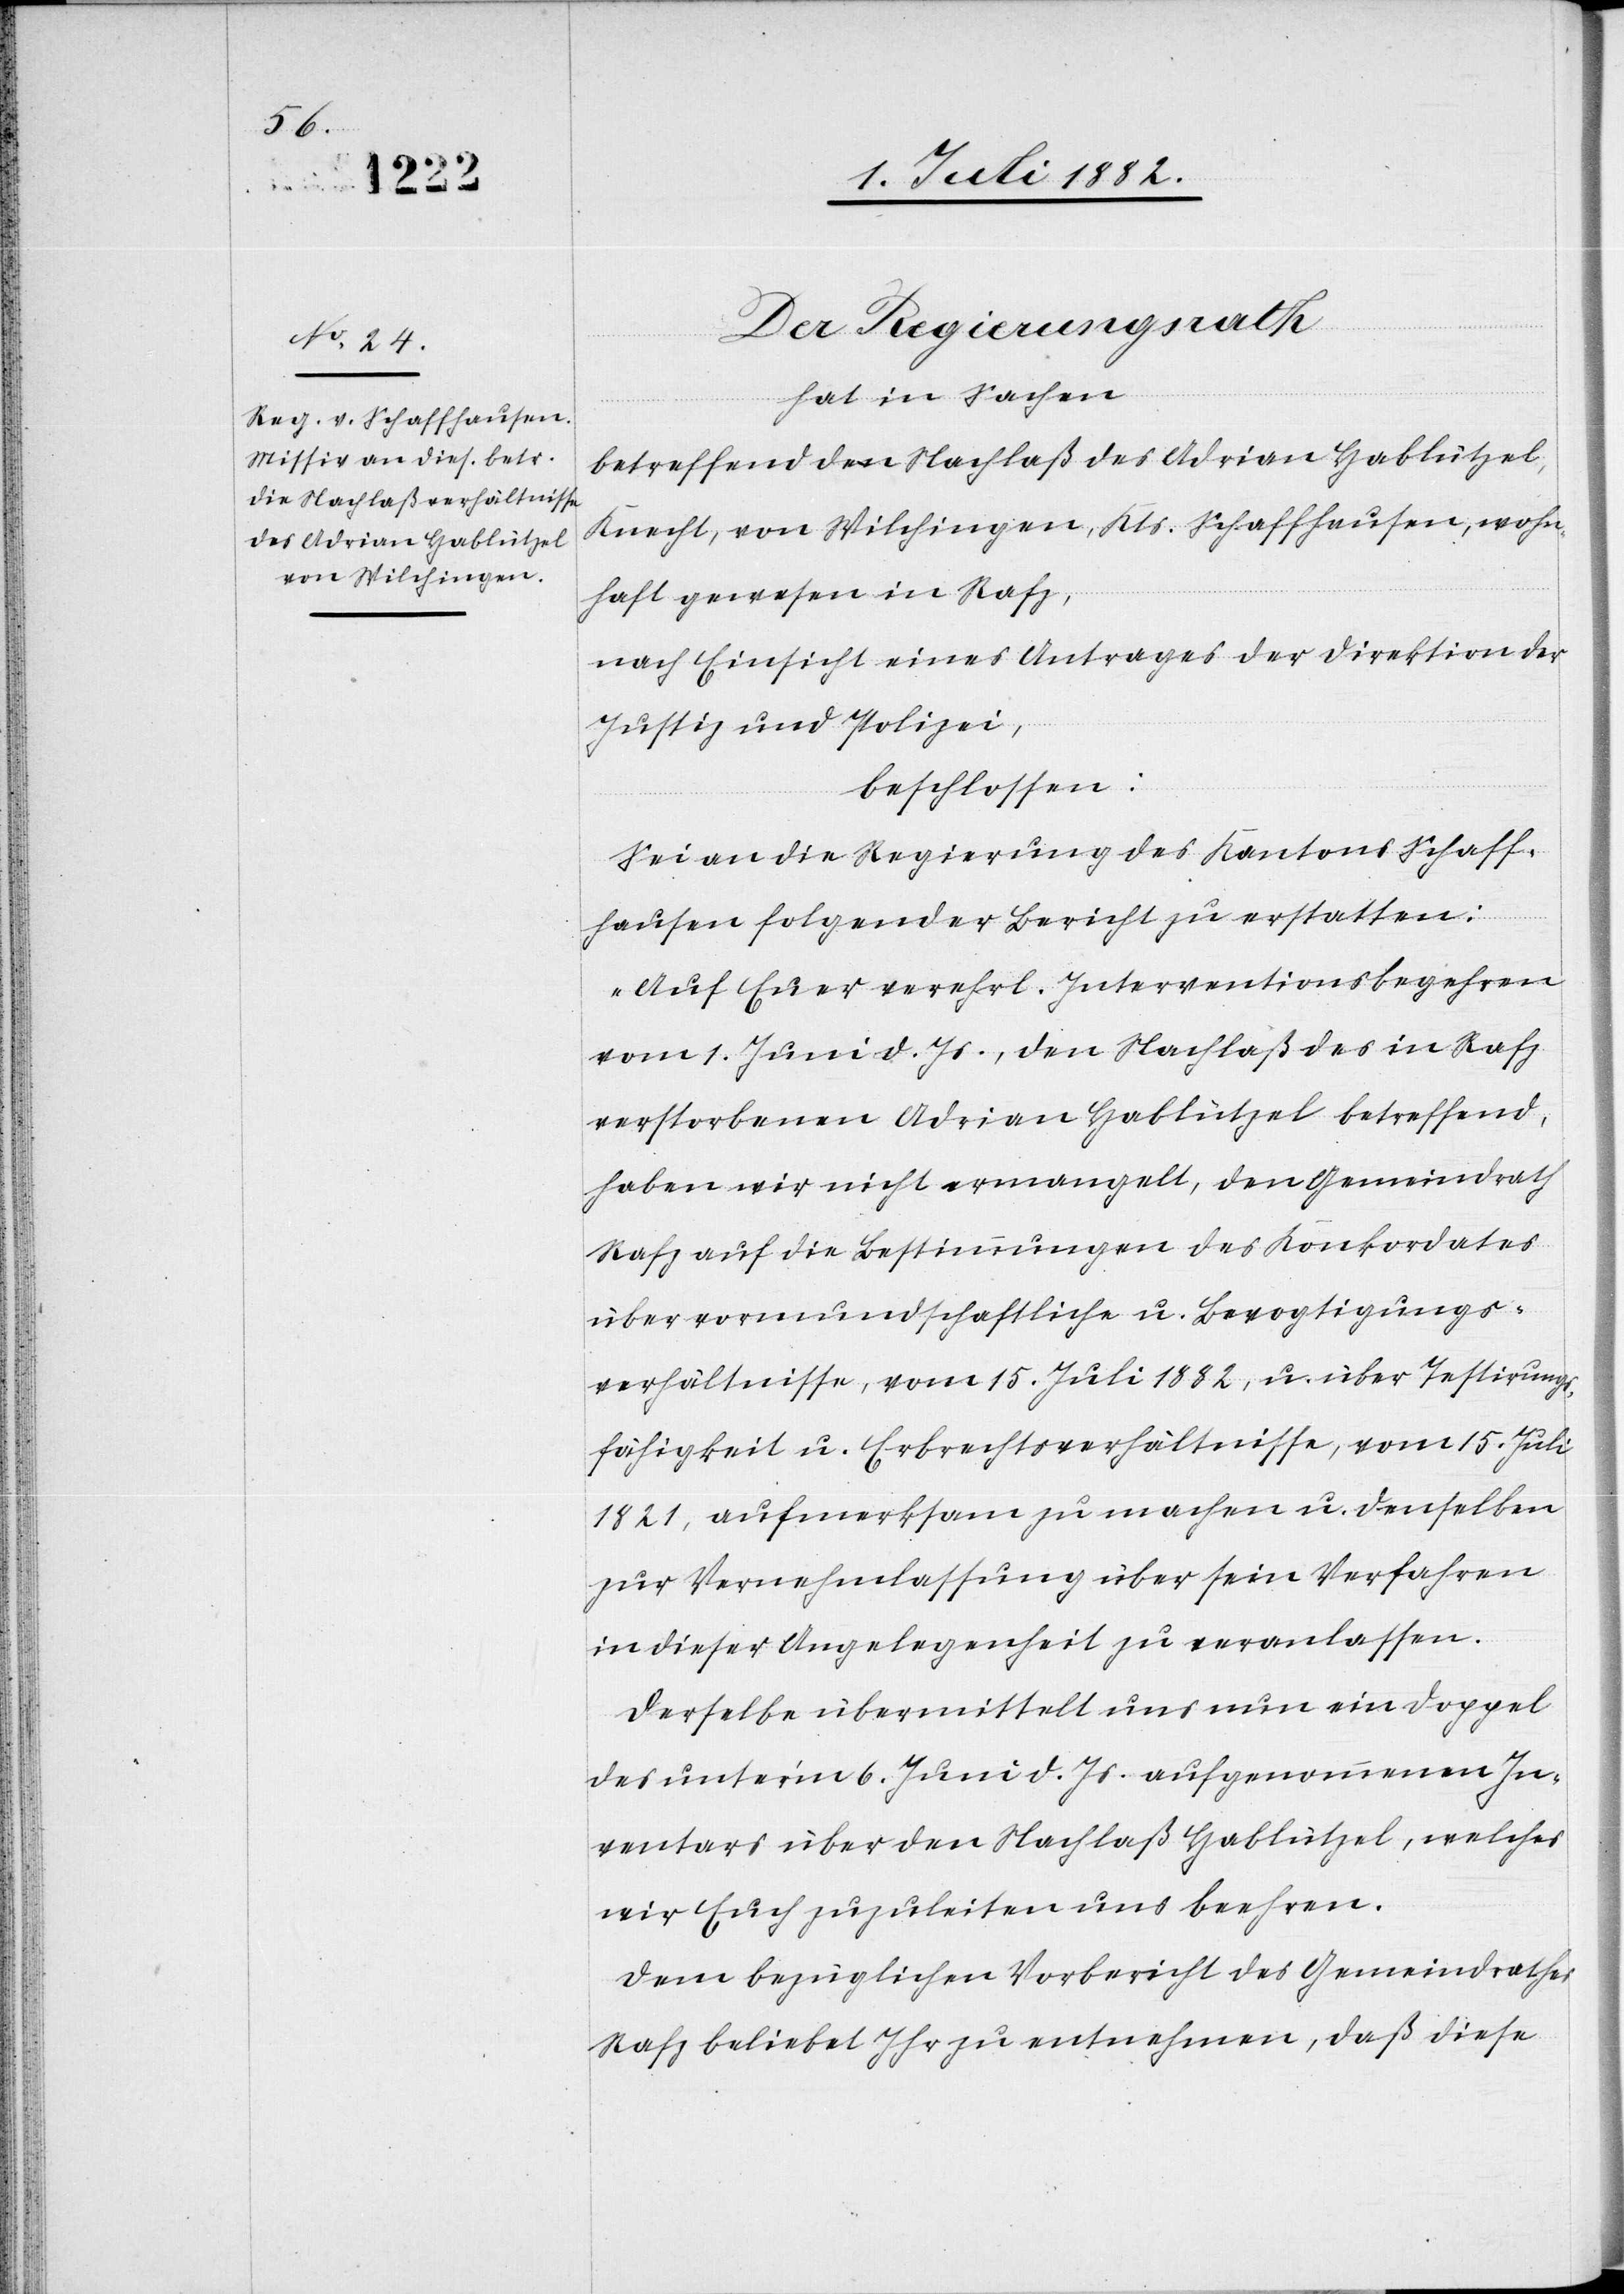
Der Regierungsrath
hat in Sachen
betreffend den Nachlaß des Adrian Hablützel,
Knecht, von Wilchingen, Kts. Schaffhausen, wohn¬
haft gewesen in Rafz,
nach Einsicht eines Antrages der Direktion der
Justiz & Polizei,
beschlossen:
Sei an die Regierung des Kantons Schaff¬
hausen folgender Bericht zu erstatten:
„Auf Euer verehrl. Interventionsbegehren
vom 1. Juni d. Js., den Nachlaß des in Rafz
verstorbenen Adrian Hablützel betreffend,
haben wir nicht ermangelt, den Gemeindrath
Rafz auf die Bestimmungen des Konkordates
über vormundschaftliche u. Bevogtigungs¬
verhältnisse, vom 15. Juli 1882, u. über Testirungs¬
fähigkeit u. Erbrechtsverhältnisse, vom 15. Juli
1821, aufmerksam zu machen u. denselben
zur Vernehmlassung über sein Verfahren
in dieser Angelegenheit zu veranlassen.
Derselbe übermittelt uns nun ein Doppel
des unter’m 6. Juni d. Js aufgenommenen In¬
ventars über den Nachlaß Hablützel, welches
wir Euch zuzuleiten uns beehren.
Dem bezüglichen Vorbericht des Gemeindrathes
Rafz beliebet Ihr zu entnehmen, daß diese